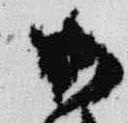
御